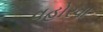
વહોરવા